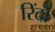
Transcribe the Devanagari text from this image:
रिंदों